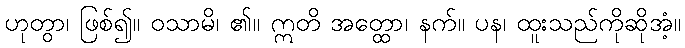
ဟုတွာ၊ ဖြစ်၍။ ဝသာမိ၊ ၏။ ဣတိ အတ္ထော၊ နက်။ ပန၊ ထူးသည်ကိုဆိုအံ့။